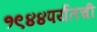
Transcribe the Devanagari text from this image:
१९४४पर्यंतची